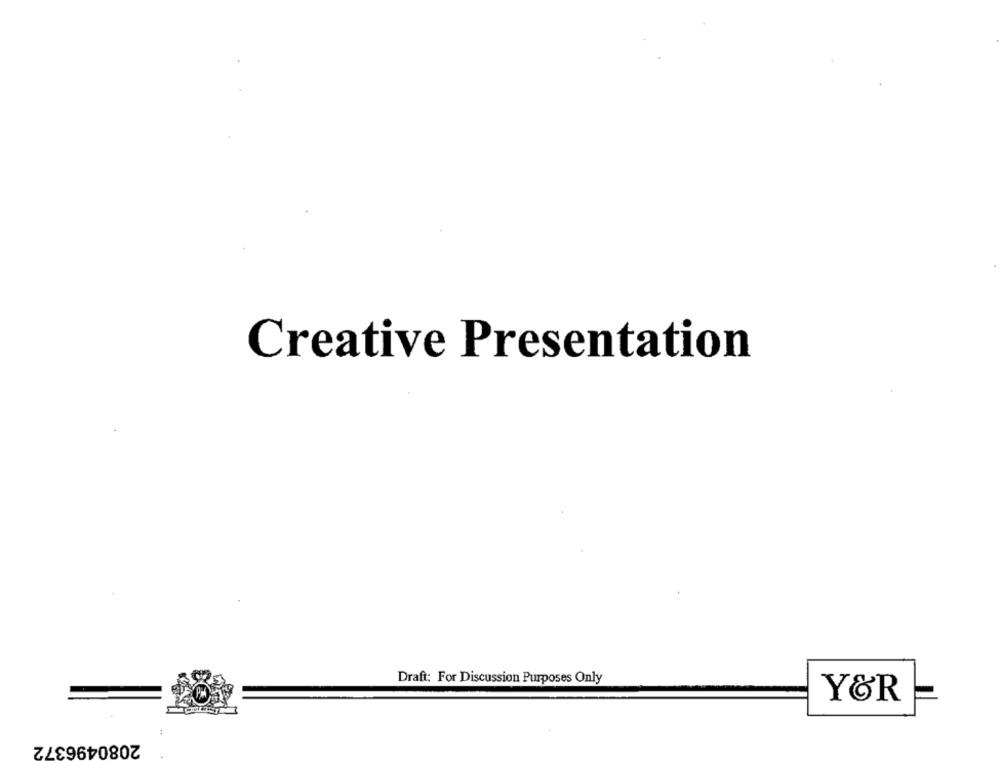
Creative Presentation
Draft: For Discussion Purposes Only
Y&R
:
2080496372